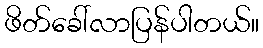
ဖိတ်ခေါ်လာပြန်ပါတယ်။